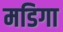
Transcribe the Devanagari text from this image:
मडिगा